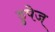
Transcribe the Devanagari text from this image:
डुपेज